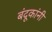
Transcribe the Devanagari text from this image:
बंदूकांनी